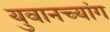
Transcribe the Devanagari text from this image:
युवानच्यांग